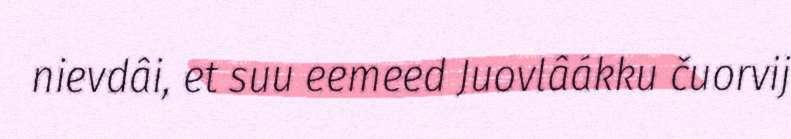
nievdâi, et suu eemeed Juovlâákku čuorvij